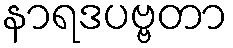
နာရဒပဗ္ဗတာ